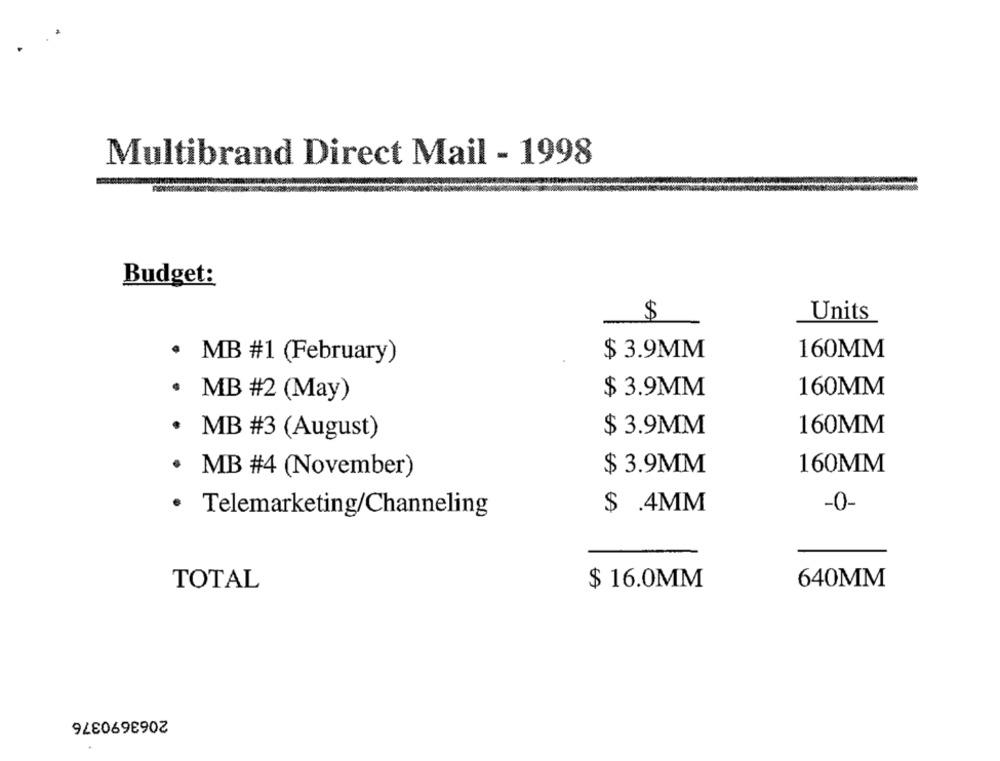
Multibrand Direct Mail - 1998
Budget:
$
Units
.
$ 3.9MM
160MM
MB #1 (February)
160MM
MB #2 (May)
$ 3.9MM
$ 3.9MM
160MM
· MB #3 (August)
$ 3.9MM
160MM
MB #4 (November)
.
$ .4MM
-0-
Telemarketing/Channeling
TOTAL
$ 16.0MM
640MM
2063690376